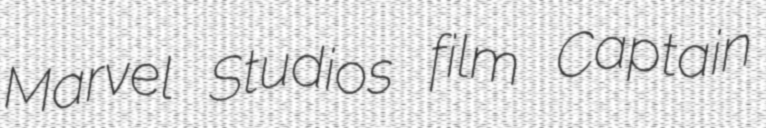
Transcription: Marvel Studios film Captain